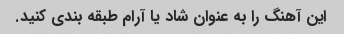
این آهنگ را به عنوان شاد یا آرام طبقه بندی کنید.